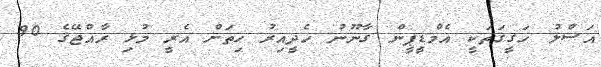
އަސްލު ހަގީގަތަކީ އެމްޑީޕީން ގާނޫނު ހެދީއިރު ހިތަށް އެރީ މުޅި ރާއްޖޭގެ 90